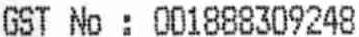
GST NO : 001888309248